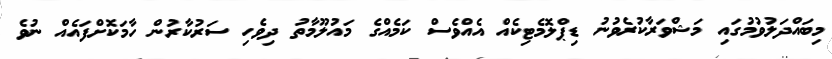
މިބައްދަލުވުމުގައި މަޝްވަރާކުރެވުނު ޑިޕްލޮމެޓިކެއް އެއްވެސް ކަމެއްގެ މައުލޫމާތު ދިވެހި ސަރުކާރުން ހާމަކޮށްފައެއް ނުވެ